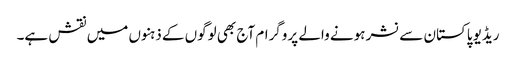
ریڈیو پاکستان سے نشر ہونے والے پروگرام آج بھی لوگوں کے ذہنوں میں نقش ہے۔